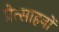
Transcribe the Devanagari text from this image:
प्रेत्साहनों